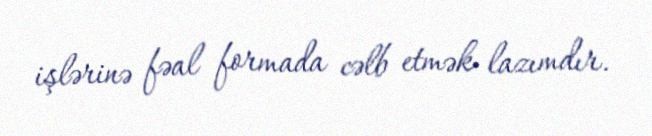
işlərinə fəal formada cəlb etmək lazımdır.